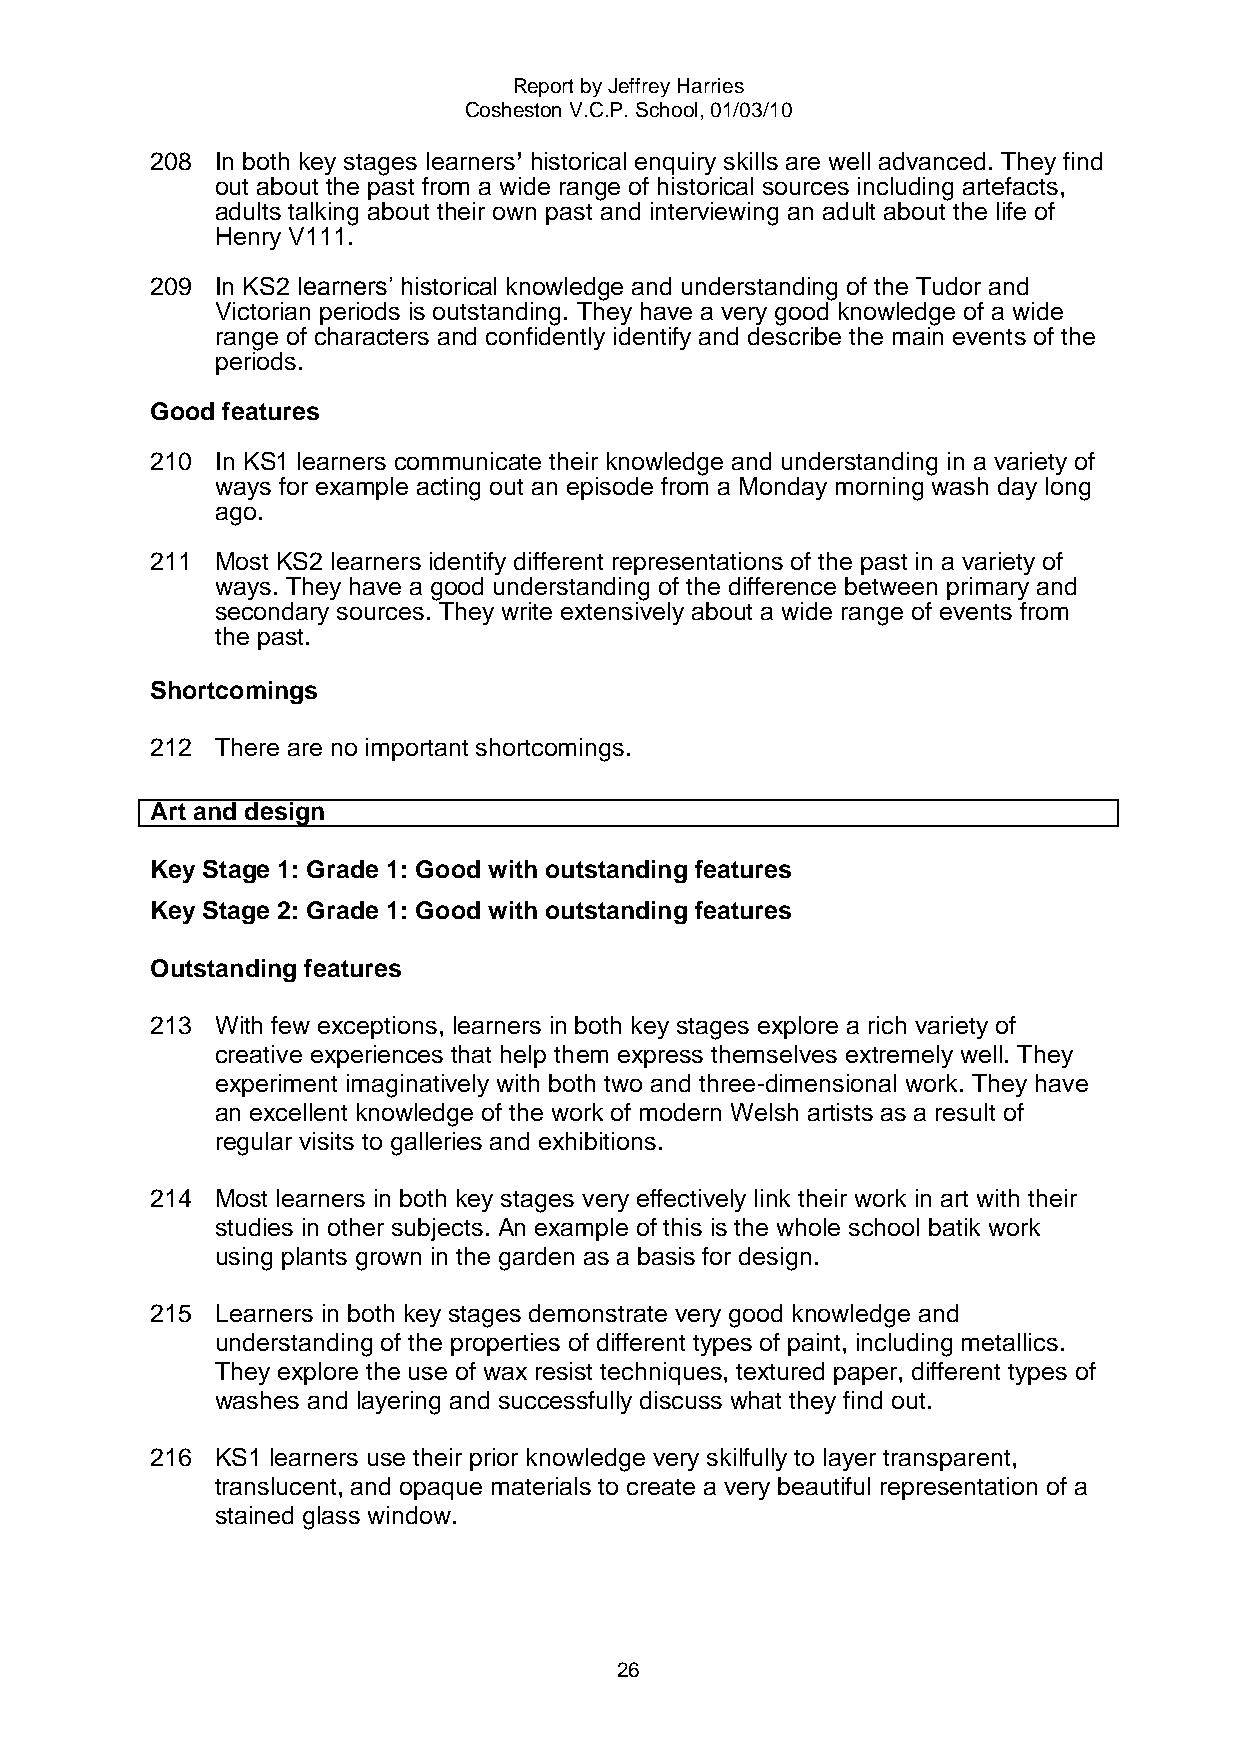
Report by Jeffrey Harries
 Cosheston V.C.P. School, 01/03/10
 208 In both key stages learners’ historical enquiry skills are well advanced. They find
 out about the past from a wide range of historical sources including artefacts,
 adults talking about their own past and interviewing an adult about the life of
 Henry V111.
 209 In KS2 learners‟ historical knowledge and understanding of the Tudor and
 Victorian periods is outstanding. They have a very good knowledge of a wide
 range of characters and confidently identify and describe the main events of the
 periods.
 Good features
 210 In KS1 learners communicate their knowledge and understanding in a variety of
 ways for example acting out an episode from a Monday morning wash day long
 ago.
 211 Most KS2 learners identify different representations of the past in a variety of
 ways. They have a good understanding of the difference between primary and
 secondary sources. They write extensively about a wide range of events from
 the past.
 Shortcomings
 212 There are no important shortcomings.
 Art and design
 Key Stage 1: Grade 1: Good with outstanding features
 Key Stage 2: Grade 1: Good with outstanding features
 Outstanding features
 213 With few exceptions, learners in both key stages explore a rich variety of
 creative experiences that help them express themselves extremely well. They
 experiment imaginatively with both two and three-dimensional work. They have
 an excellent knowledge of the work of modern Welsh artists as a result of
 regular visits to galleries and exhibitions.
 214 Most learners in both key stages very effectively link their work in art with their
 studies in other subjects. An example of this is the whole school batik work
 using plants grown in the garden as a basis for design.
 215 Learners in both key stages demonstrate very good knowledge and
 understanding of the properties of different types of paint, including metallics.
 They explore the use of wax resist techniques, textured paper, different types of
 washes and layering and successfully discuss what they find out.
 216 KS1 learners use their prior knowledge very skilfully to layer transparent,
 translucent, and opaque materials to create a very beautiful representation of a
 stained glass window.
 26